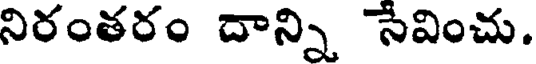
నిరంతరం దాన్ని సేవించు.